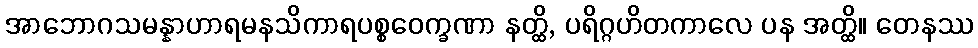
အာဘောဂသမန္နာဟာရမနသိကာရပစ္စဝေက္ခဏာ နတ္ထိ, ပရိဂ္ဂဟိတကာလေ ပန အတ္ထိ။ တေနဿ